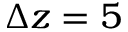
\Delta z = 5